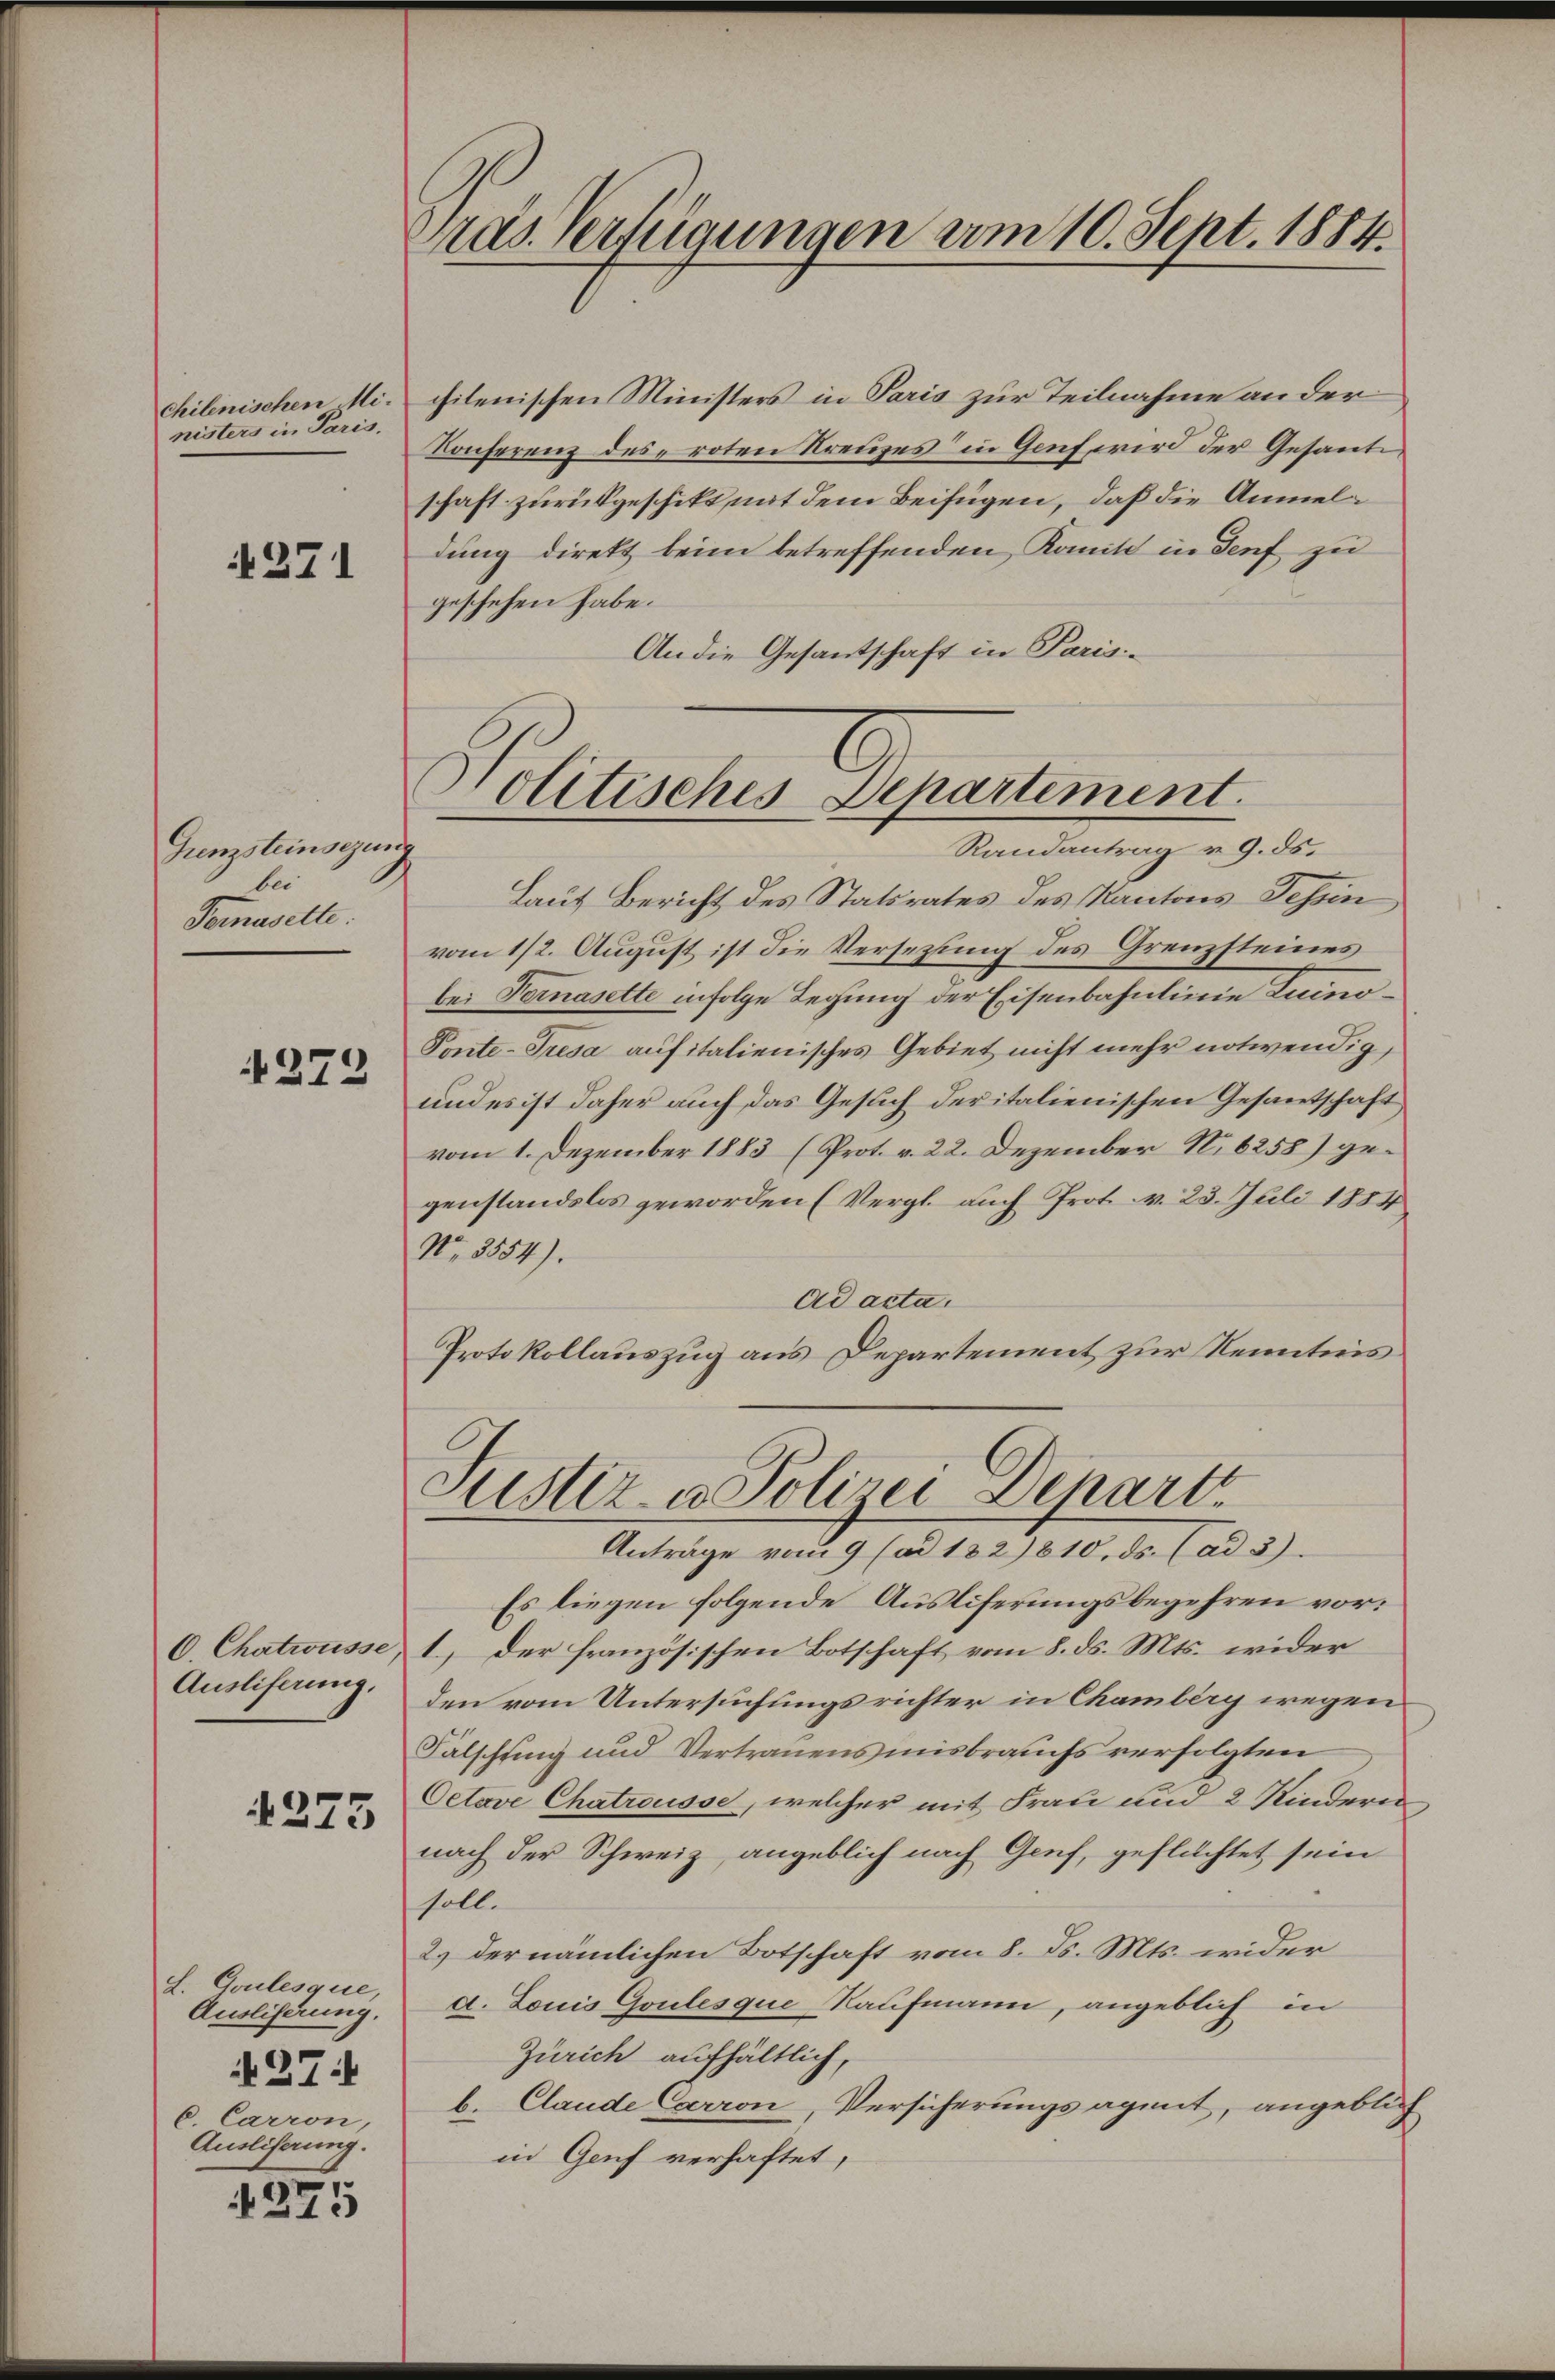
chilenischen Ministers in Paris,

271

Grenzsteinsezun
bei
Temasette.

273

6 Chatwüsse
Ausliferung.

1275

L. Goulesque,
Ausliserung.
27:
C. Carron,
Ausliserung.

4275

as Verfügungen am 10. Sept. 1884.

chilenischen Ministers in Paris zur Teilnahme an der
Konferenz des roten Kreuzes in Genf wird der Gesanteschaft zurückgeschikt mit dem Beifügen, daß die Anmeldung direkt beim betreffenden Kamit in Genf zu
geschehen habe.
An die Gesantschaft in Paris-

Nolitisches Departement.
Randantrag v. 9. ds.

Laut Bericht des Statsrates des Kantons Tessin,
vom 1/2. August ist die Versetzung des Grenzsteines
bei Fernasette infolge Legung der Eisenbahnlinie Luino¬
Ponte-Puesa aufitalienisches Gebiet nicht mehr notwendig,
und es ist daher auch das Gesuch deritalienischen Gesantschaft
vom 1. Dezember 1883 (Prot. v. 22. Dezember N. 6258) gegenstandslos geworden (Vergl. auch Prot. v. 23. Juli 1884
No. 3554).
Ad acta.
Protokollauszug aus Departement zur Kenntnis
Es liegen folgende Ausliferungsbegehren vor¬
1.) Der französischen Botschaft vom 8. ds. Mts. wider
den vom Untersuchungsrichter in Chamberg wegen
Fälschung und Vertrauens misbrauchs verfolgten
Oetove Chatrousse, welcher mit Frau und 2 Kindern
nach der Schweiz, angeblich nach Genf, geflüchtet sein
soll.
2.) der nämlichen Botschaft vom 8. d. Mts. wider
d. Louis Goulesque Kaufmann, angeblich in
Zürich aufhältlich,
b. Claude Carron, Versicherungsagent, angebliin Genf verhaftet,

Justiz- u. Polizei Depart
Anträge vom 9 (ad 182) 610. ds. (ad 3).